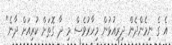
އެ ގެ ނިމެންދެން ދިރިއުޅުން މިހާރުވެސް މި ދާ ގޮތަށް ކުރިއަށް ދާނެ"